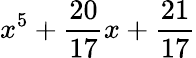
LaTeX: x^{5}+{\frac{20}{17}}x+{\frac{21}{17}}